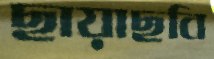
ছায়াছবি